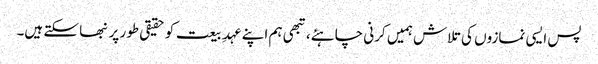
پس ایسی نمازوں کی تلاش ہمیں کرنی چاہئے، تبھی ہم اپنے عہدِ بیعت کو حقیقی طور پر نبھا سکتے ہیں۔